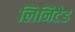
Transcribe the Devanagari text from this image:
लिनिटेड